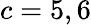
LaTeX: c=5,6